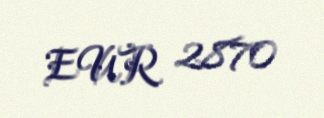
EUR 2870